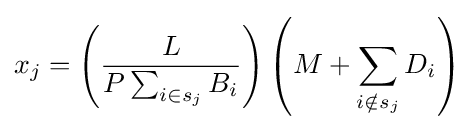
x_{j}=\left({\frac {L}{P\sum _{i\in s_{j}}B_{i}}}\right)\left(M+\sum _{i\notin s_{j}}D_{i}\right)